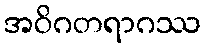
အဝိဂတရာဂဿ